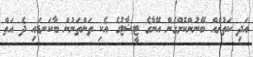
އަދި ކަތުރެއް ބޭނުންކޮށްގެން އޭނާގެ ޓީޝާޓުގެ އެކި ތަންތަނުން ބާކަނޑައި ދެ އަތް